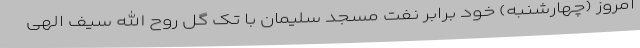
امروز (چهارشنبه) خود برابر نفت مسجد سلیمان با تک گل روح الله سیف الهی